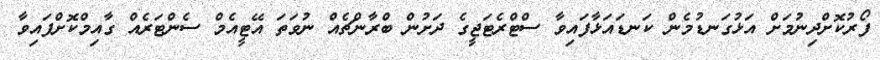
ފޯރުކޮށްދިނުމަށް އަޅުގަނޑުމެން ކަނޑައަޅާފައިވާ ސްޓްރެޓަޖީގެ ދަށުން ބްރާންޗެއް ނުވަތަ އޭޓީއެމް ސެންޓަރެެއް ގާއިމްކޮށްފައިވާ